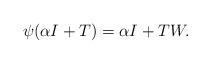
LaTeX: \begin{align*}\psi(\alpha I+T)=\alpha I+TW.\end{align*}